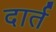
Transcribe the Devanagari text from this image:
दार्त